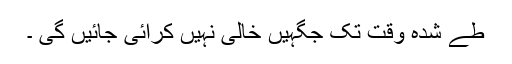
طے شدہ وقت تک جگہیں خالی نہیں کرائی جائیں گی ۔